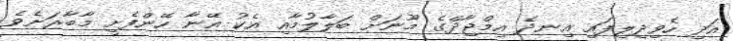
އަދި ހެވިދިލިފައި އިނދެ އިމްޖާދްގެ މޫނަށް ބަލާލުމާއި އެކު އޭނާ ހޭންފެށީ މާބާރަށެވެ.